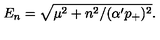
E _ { n } = \sqrt { \mu ^ { 2 } + n ^ { 2 } / ( \alpha ^ { \prime } p _ { + } ) ^ { 2 } } .